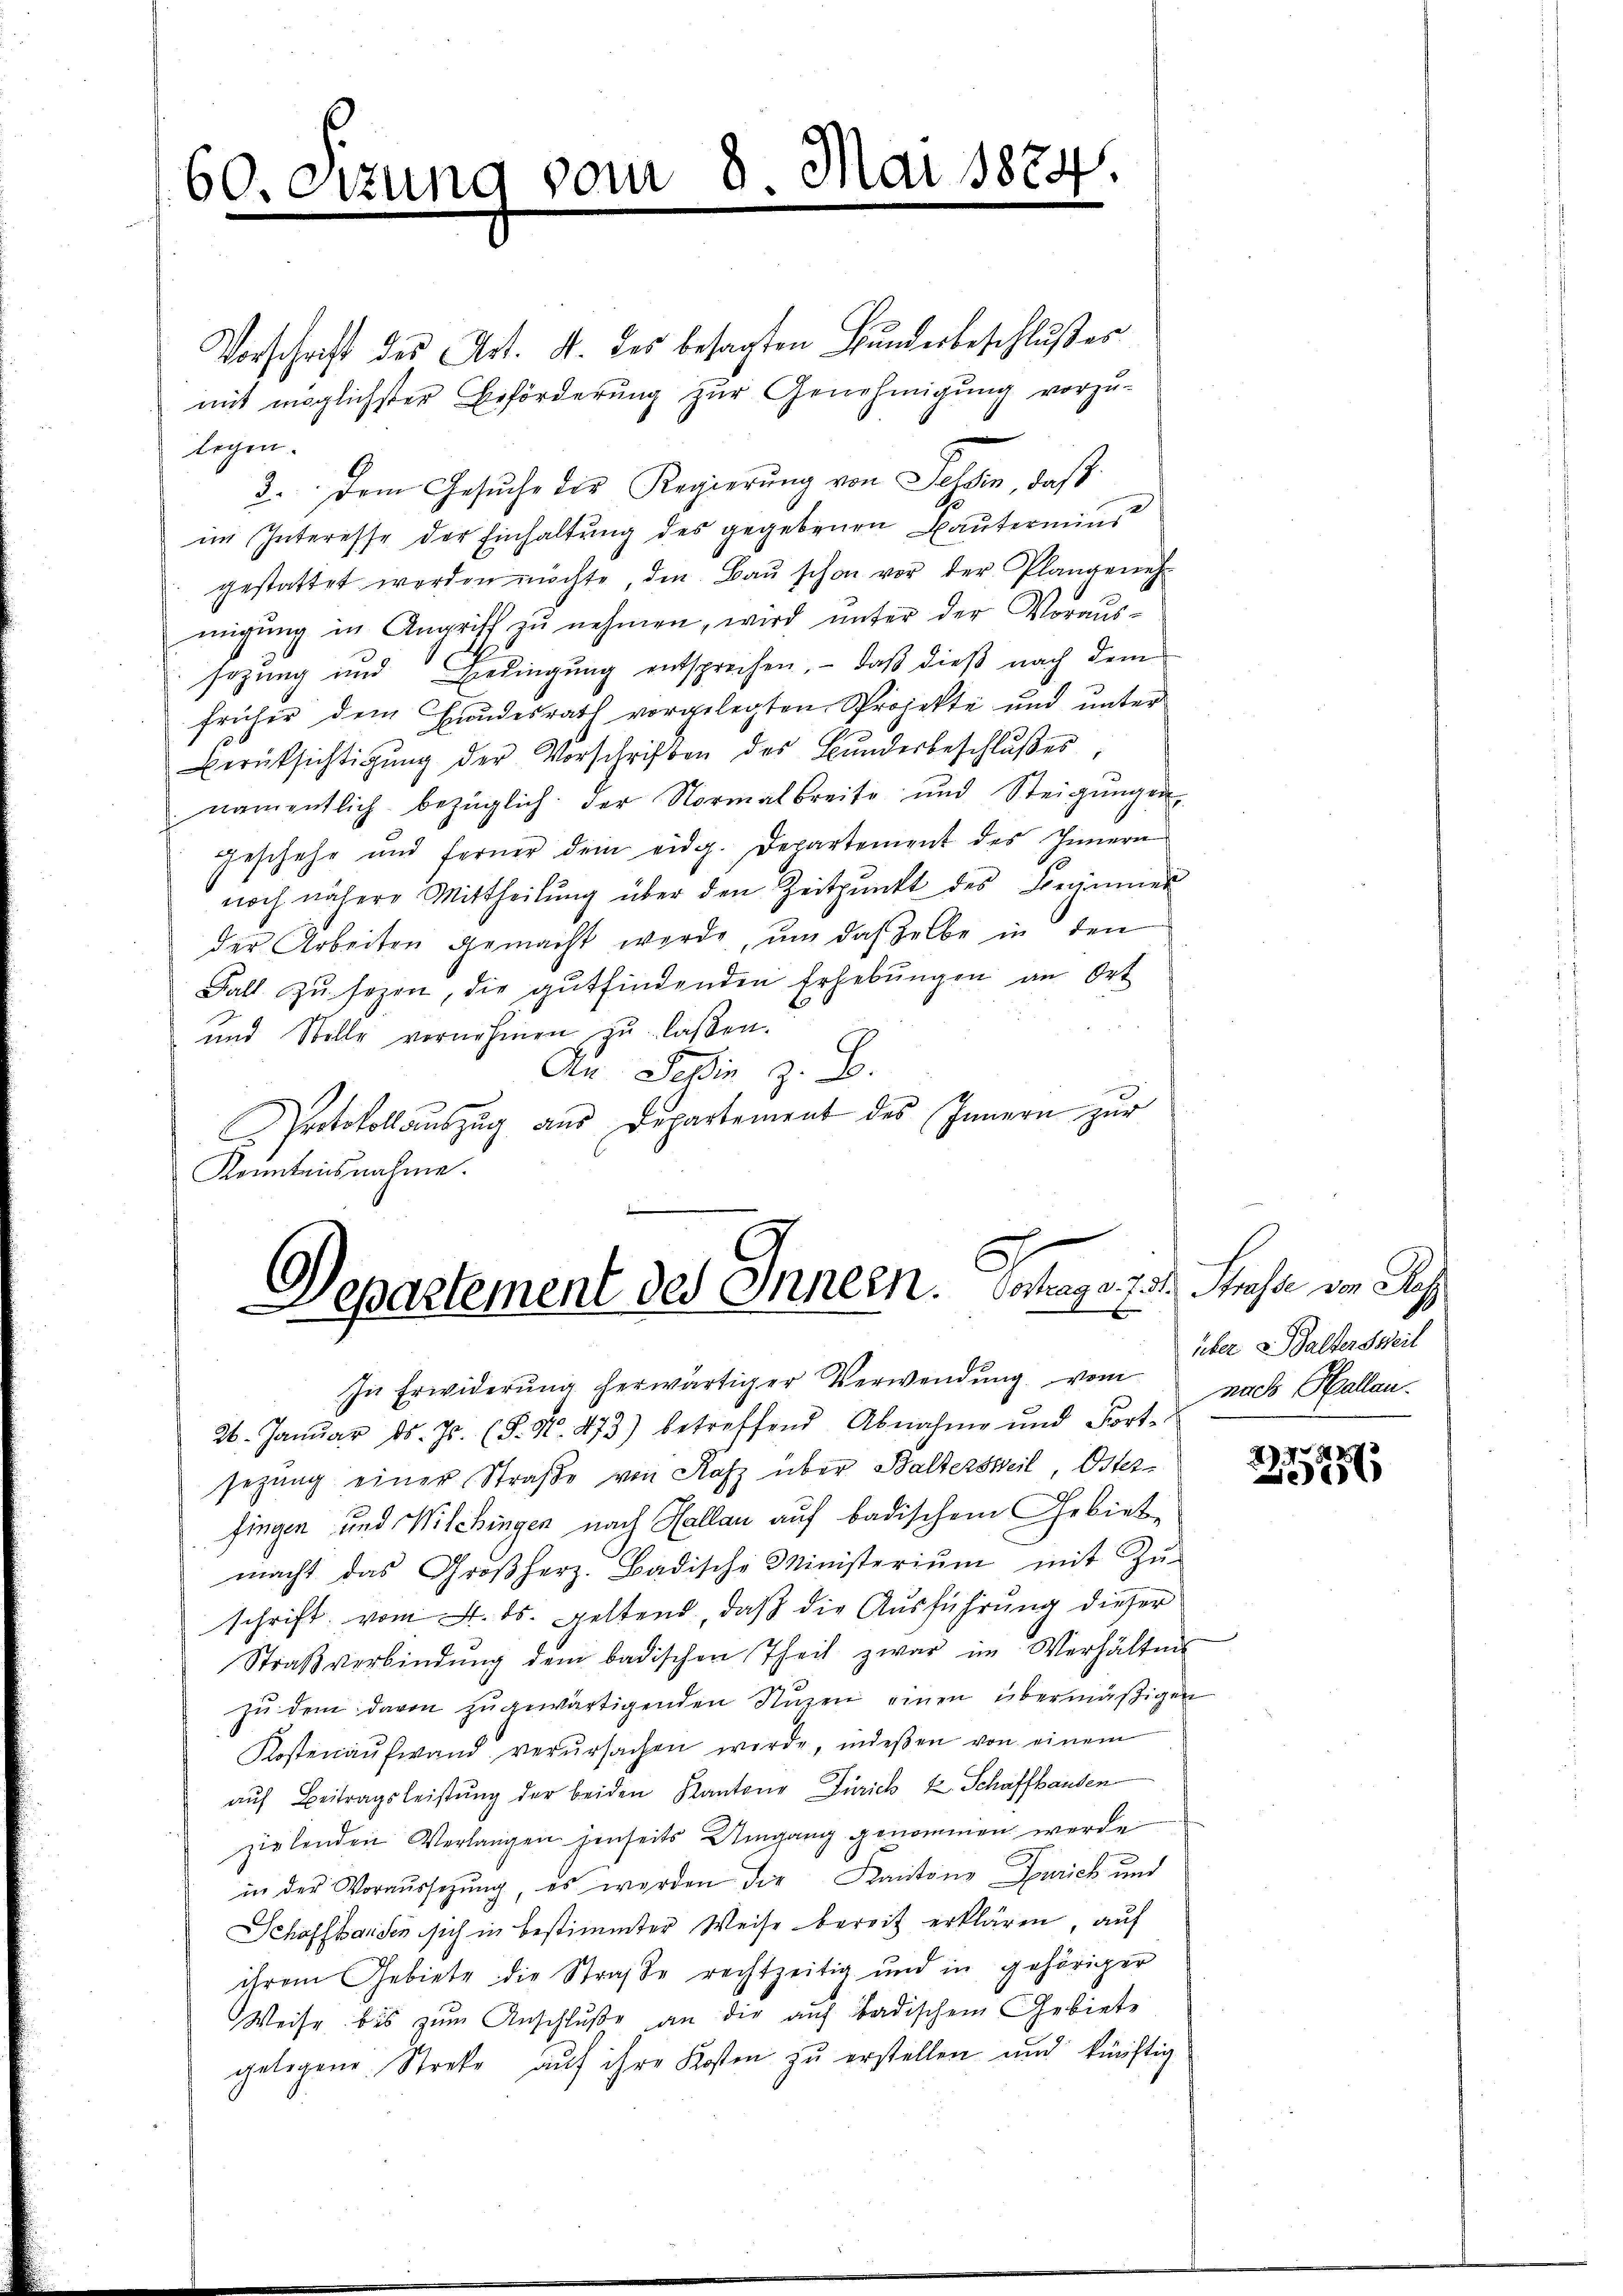
60. Sizung vom 8. Mai 188

Vorschrift des Art. 4. des besagten Bundesbeschlußes
mit möglichster Beförderung zur Genehmigung vorzu-
legen.
9
3. Dem Gesŭche der Regierŭng von Tessin, daß
im Interesse der Einhaltung des gegebenen Bautermins
gestattet worden möchte, den Baŭ schon vor der Plangeneh-
migung in Angriff zu nehmen, wird unter der Voraussezung und Bedingung entsprechen, – daß dieß nach dem
früher dem Hundesrath vorgelegten Sprojekte und unter
Berüksichtigŭng der Vorschriften des Bŭndesbeschlŭβes,
namentlich bezüglich der Normal breite und Steigŭngen
geschehe und ferner dem eidg. Departement des Innern
noch nähere Mittheilung über den Zeitpunkt des Former
der Arbeiten gemacht werde, um daselbe in den
Fall zŭ sezen, die gutfindenden Erhebŭngen an Ort
und Stille vornehmen zu laßen.
An Teßin z. B.
Protokoll auszug aus Departement des Innern zur
Kenntnisnahme.

5
epartement des Innern. Vortrag v. 7. 31. Strasse von Has
E

In Erwiderŭng herwärtiger Verwendung vom
26. Januar ds. Js. (S. Nr. 473) betreffend Abnahme und Fort-

über v. Baltersweil
nach Hallau.

sezung einer Straße von Rafz über Baltersweil, Osterfingen und Wilchingen nach Hallau auf badischem Gebiete
macht das Großherz. Badische Ministeriŭm mit Zŭ-
schrift vom 4. ds. geltend, daß die Ausführung dieser
Straβverbindŭng dem badischen Theil zwar im Verhältnis
zŭ dem davon zŭgewärtigenden Nuzen einen übermäßigen
Kostenaufwand verŭrsachen werde, indeßen von einem
auf Beitragsleistŭng der beiden Kantone Zürich z. Schaffhanden
zielenden Verlangen jenseits Umgang genommen werde
in der Voraussetzŭng, es werden die Kantons Zürich und
Schaffhausen sich in bestimmter Weise bereit erklären, auf
ihrem Gebiete die Straße rechtzeitig und in gehöriger
Weise bis zum Anschluße an die auf badischem Gebiete
gelegene Streke auf ihre Kosten zu erstellen und künftig

278
156